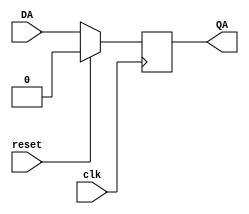
`timescale 1ns / 1ps
//////////////////////////////////////////////////////////////////////////////////
// Company: 
// Engineer: 
// 
// Design Name: 
// Module Name: flipflop
// Project Name: 
// Target Devices: 
// Tool Versions: 
// Description: 
// 
// Dependencies: 
// 
// Revision:
// Revision 0.01 - File Created
// Additional Comments:
// 
//////////////////////////////////////////////////////////////////////////////////

module flipflop(clk, DA, reset, QA);
 input clk;
 input DA;

 input reset;
 output QA;

  
 reg QA;
 reg QB;

  
 always @ (posedge clk)
 begin
   if (reset == 0)
 begin
 QA <= DA;

 end
 else
 begin
 QA <= 0;
 
 end
 end
endmodule